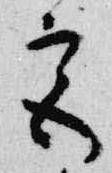
宮